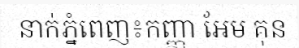
នាក់ភ្នំពេញ៖កញ្ញា អែម គុន